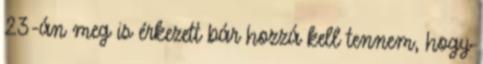
23-án meg is érkezett bár hozzá kell tennem, hogy